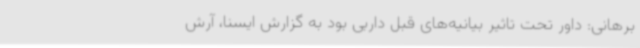
برهانی: داور تحت تاثیر بیانیه‌های قبل داربی بود به گزارش ایسنا، آرش